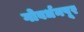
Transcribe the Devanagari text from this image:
गोवर्धनपूर